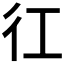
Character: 𢓁